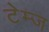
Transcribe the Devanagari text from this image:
टेम्ज